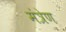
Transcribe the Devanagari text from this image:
मंत्रेण